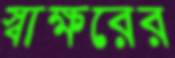
স্বাক্ষরের